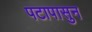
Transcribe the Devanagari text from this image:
पटापासुन